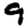
Digit: 9